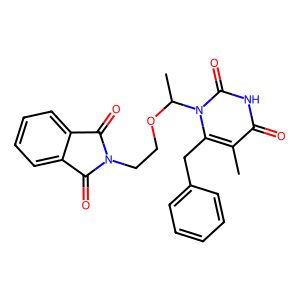
SMILES: Cc1c(Cc2ccccc2)n(C(C)OCCN2C(=O)c3ccccc3C2=O)c(=O)[nH]c1=O
Inhibits HIV replication: No